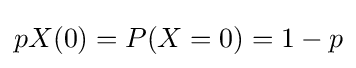
pX(0)=P(X=0)=1-p